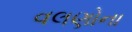
વલણોના